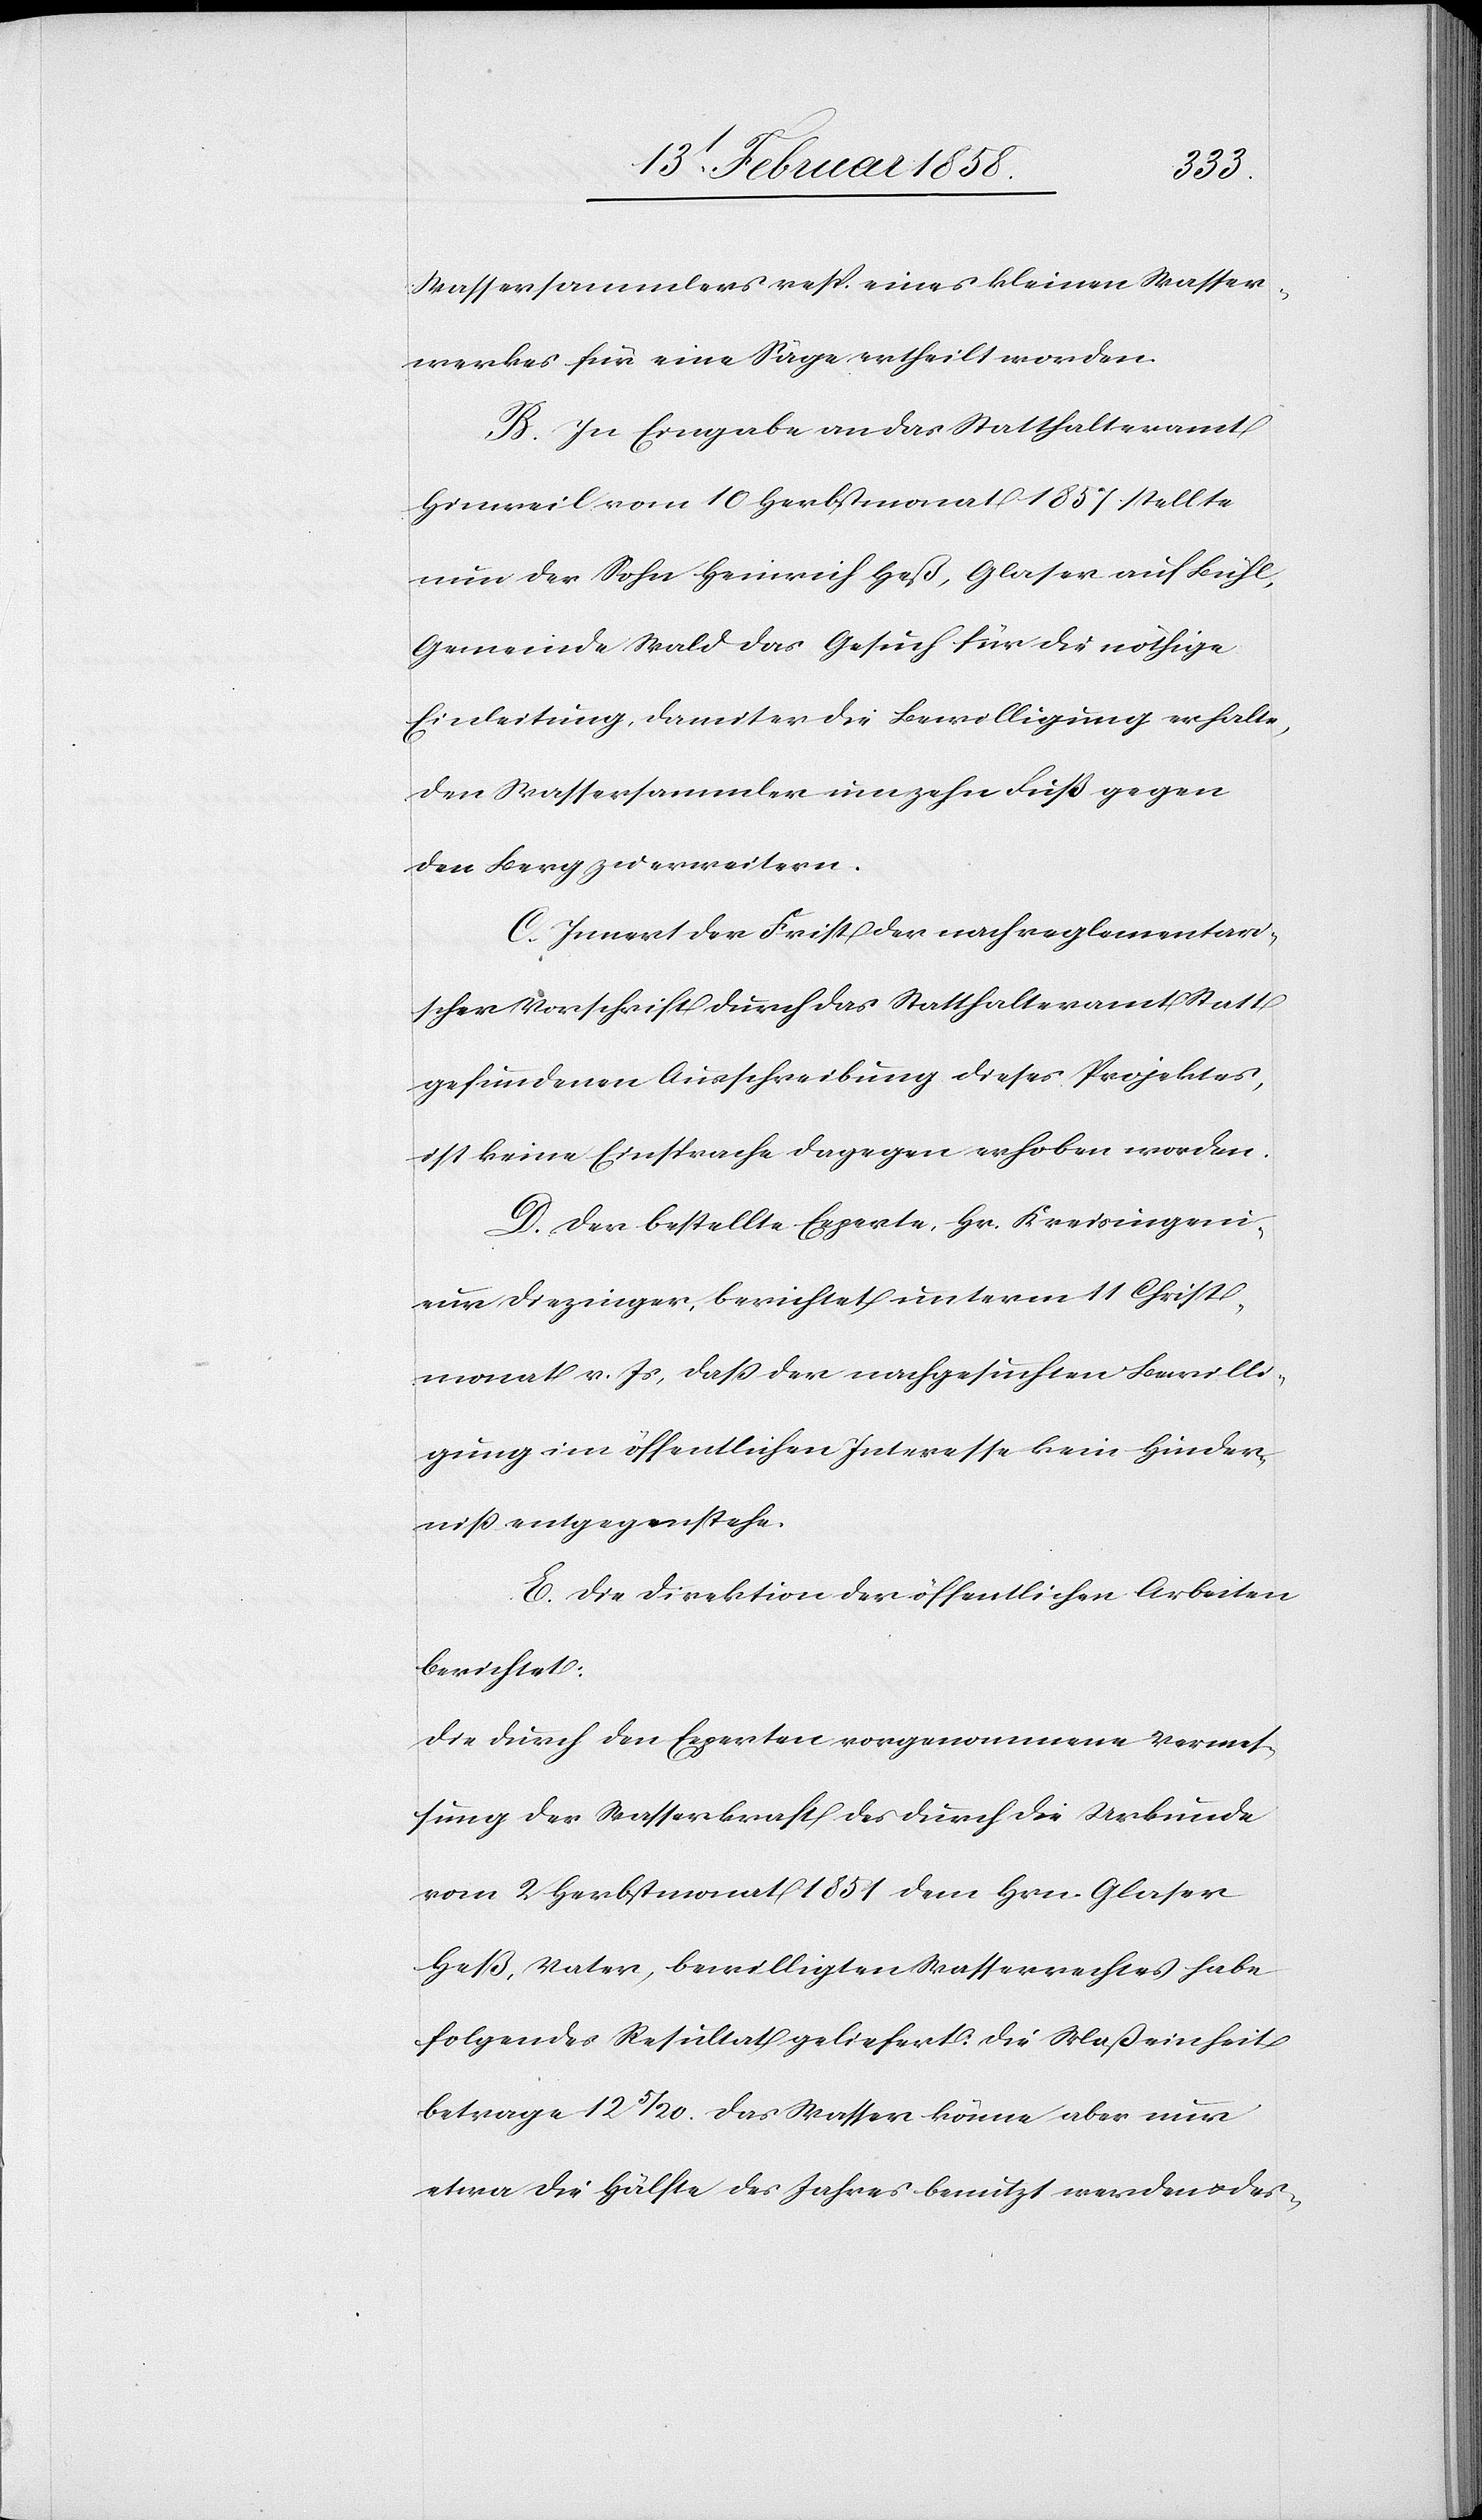
Wassersammlers resp. eines kleinen Wasser¬
werkes für eine Säge ertheilt worden.
B. In Eingabe an das Statthalteramt
Hinweil vom 10 Herbstmonat 1857 stellte
nun der Sohn Heinrich Heß, Glaser auf Bühl,
Gemeinde Wald das Gesuch für die nöthige
Einleitung, damit er die Bewilligung erhalte,
den Wassersammler um zehn Fuß gegen
den Berg zu erweitern.
C. Innert der Frist der nach reglementari¬
scher Vorschrift durch das Statthalteramt Statt
gefundenen Ausschreibung dieses Projektes,
ist keine Einsprache dagegen erhoben worden.
D. Der bestellte Experte, Hr. Kreisingeni¬
eur Diezinger, berichtet unterm 11 Christ¬
monat v. Js, daß der nachgesuchten Bewilli¬
gung im öffentlichen Interesse kein Hinder¬
niß entgegenstehe.
E. Die Direktion der öffentlichen Arbeiten
berichtet:
Die durch den Experten vorgenommene Vermes¬
sung der Wasserkraft des durch die Urkunde
vom 2 Herbstmonat 1851 dem Hrn. Glaser
Heß, Vater, bewilligten Wasserrechtes habe
folgende Resultat geliefert: Die Maßeinheit
betrage 12 5/20. Das Wasser könne aber nur
etwa die Hälfte des Jahres benutzt werden u. des-